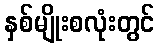
နှစ်မျိုးစလုံးတွင်